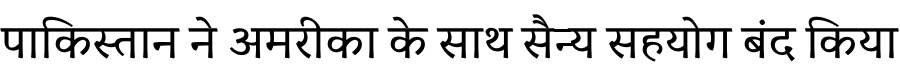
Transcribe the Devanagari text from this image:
पाकिस्तान ने अमरीका के साथ सैन्य सहयोग बंद किया